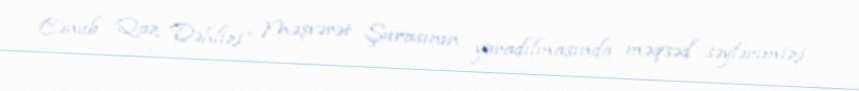
Cənub Qaz Dəhlizi” Məşvərət Şurasının yaradılmasında məqsəd səylərimizi